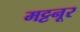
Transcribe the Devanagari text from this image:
मट्टनूर